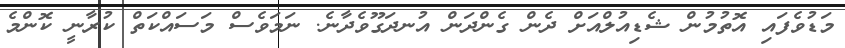
މަޑުވެފައި އޮތުމުން ޝެޑިއުލްއަށް ދެން ގެންދަން އުނދަގޫވެދާނެ. ނަމަވެސް މަސައްކަތް ކުރާނީ ކޮންމެ